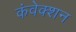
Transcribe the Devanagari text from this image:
कंवेक्शन